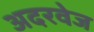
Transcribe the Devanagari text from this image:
अदरवेज